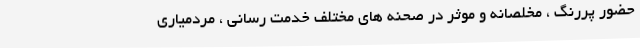
حضور پررنگ ، مخلصانه و موثر در صحنه های مختلف خدمت رسانی ، مردمیاری